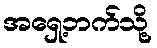
အရှေ့ဘက်သို့